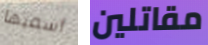
أسميها مقاتلين